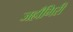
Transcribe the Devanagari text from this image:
जहाँगिरी